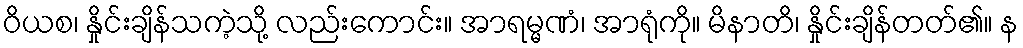
ဝိယစ၊ နှိုင်းချိန်သကဲ့သို့ လည်းကောင်း။ အာရမ္မဏံ၊ အာရုံကို။ မိနာတိ၊ နှိုင်းချိန်တတ်၏။ န